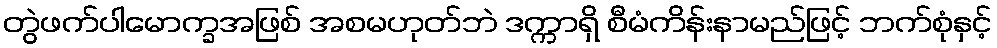
တွဲဖက်ပါမောက္ခအဖြစ် အစမဟုတ်ဘဲ ဒက္ကာရှိ စီမံကိန်းနာမည်ဖြင့် ဘက်စုံနှင့်